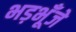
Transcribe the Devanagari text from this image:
भड़भूँजे